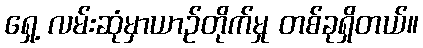
ရှေ့ လမ်းဆုံမှာယာဉ်တိုက်မှု တစ်ခုရှိတယ်။